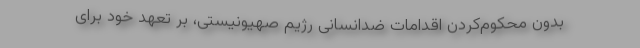
بدون محکوم‌کردن اقدامات ضدانسانی رژیم صهیونیستی، بر تعهد خود برای